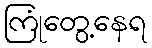
ကြုံတွေ့နေရ